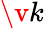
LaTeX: \v{k}